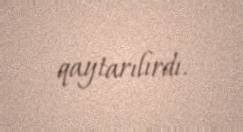
qaytarılırdı.